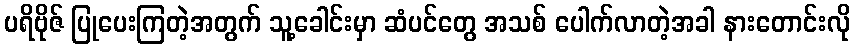
ပရိဗိုဇ် ပြုပေးကြတဲ့အတွက် သူ့ခေါင်းမှာ ဆံပင်တွေ အသစ် ပေါက်လာတဲ့အခါ နားတောင်းလို